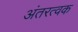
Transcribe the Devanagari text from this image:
अंतरत्वक